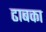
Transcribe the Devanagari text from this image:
ढाबका